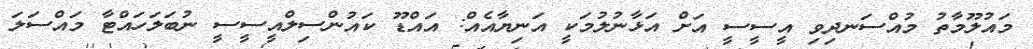
މައުލޫމާތު މުއްސަނދިވި އީސީސީ އަށް އަޅާނުލުމަކީ އަނިޔާއެއް: އައްޑޫ ކައުންސިލްއީސީސީ ނުބަލަހައްޓާ މައްސަލަ